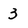
Character: 3